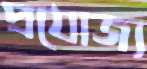
প্রযোজ্য